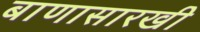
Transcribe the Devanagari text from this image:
बाणासारखी